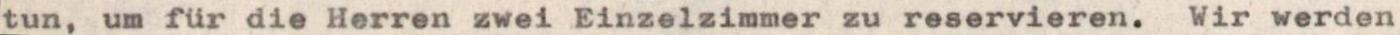
tun, um für die Herren zwei Einzelzimmer zu reservieren. Wir werden